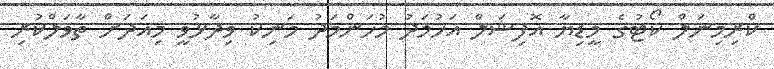
ކްރިމިނަލް ކޯޓުގެ މީޑިޔާ އޮފިޝަލް އަހުމަދު މުހަންމަދު މަނިކު ވިދާޅުވީ މިއަދަށް ތާވަލްކުރި